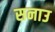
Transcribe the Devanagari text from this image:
सनाउ